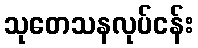
သုတေသနလုပ်ငန်း